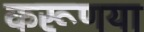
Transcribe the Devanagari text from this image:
करूणया